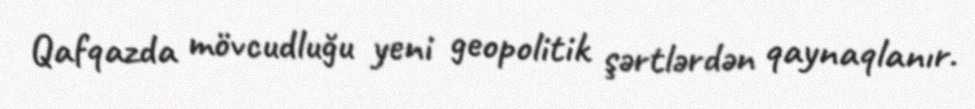
Qafqazda mövcudluğu yeni geopolitik şərtlərdən qaynaqlanır.